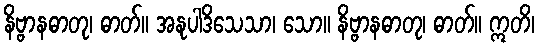
နိဗ္ဗာနဓာတု၊ ဓာတ်။ အနုပါဒိသေသာ၊ သော။ နိဗ္ဗာနဓာတု၊ ဓာတ်။ ဣတိ၊